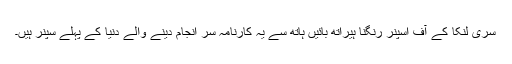
سری لنکا کے آف اسپنر رنگنا ہیراتھ بائیں ہاتھ سے یہ کارنامہ سر انجام دینے والے دنیا کے پہلے سپنر ہیں۔